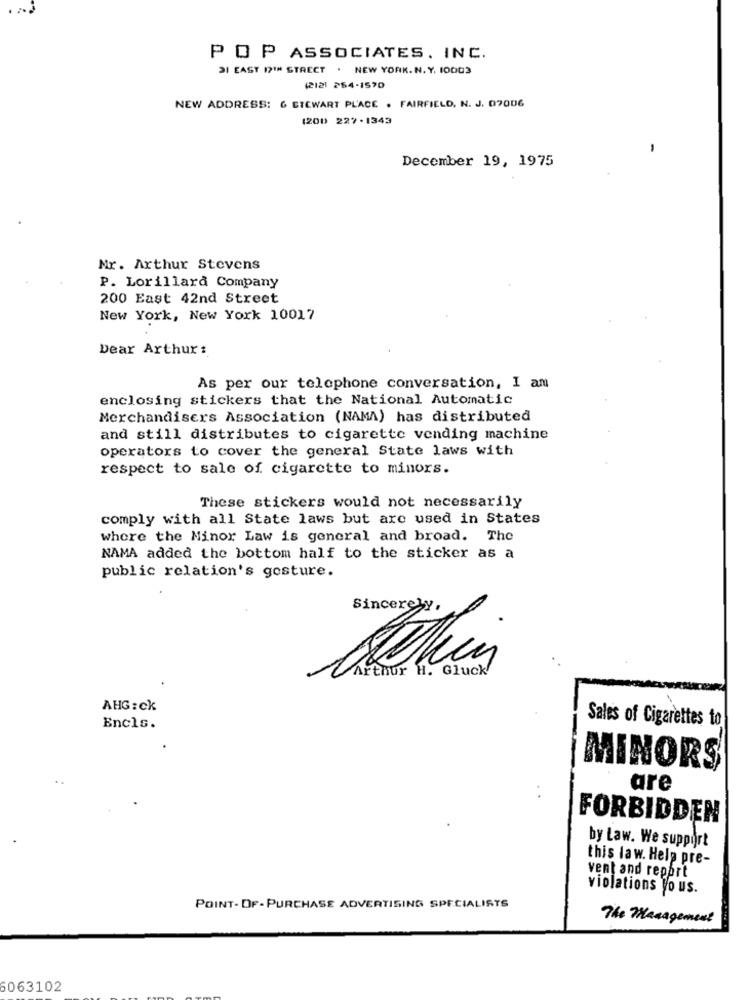
POP ASSOCIATES, INC.
21 EAST 121 STRECT . NEW YORK. N. Y. 10003
(212) 254-1570
NEW ADDRESS: G STEWART PLACE . FAIRFIELD, N. J. 07006
(200 227-1343
-
December 19, 1975
Mr. Arthur Stevens
P. Lorillard Company
200 East 42nd Street
New York, New York 10017
Dear Arthur :
As per our telephone conversation, I am
enclosing stickers that the National Automatic
Merchandisers Association (NAMA) has distributed
and still distributes to cigarette vending machine
operators to cover the general State laws with
respect to sale of. cigarette to minors.
These stickers would not necessarily
comply with all State laws but are used in States
where the Minor Law is general and broad. The
NAMA added the bottom half to the sticker as a
public relation's gesture.
Sincerely,
Arthur H. Gluck
AHG: ck
Sales of Cigarettes to
Encls.
MINORS
are
. .
FORBIDDEN
by Law. We support
this law. Help pre-
vent and report
violations yo us.
POINT- OF - PURCHASE ADVERTISING SPECIALISTS
The Management
6063102